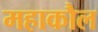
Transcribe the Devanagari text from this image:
महाकौल